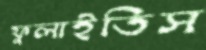
ফুলাইতিস